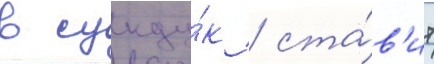
в сунду́к / ста́в'ит